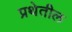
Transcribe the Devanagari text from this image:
प्रथेतील